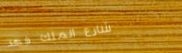
شارع الملك فهد